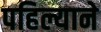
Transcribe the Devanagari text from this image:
पहिल्याने